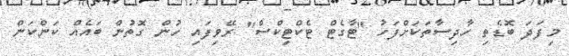
މިފަދަ ބޮޑެތި ހާދިސާތަކަށްފަހު "ޓާގެޓް ޓެކްޓިކްސް" ރޭވިފައި ހުން ގޮތުން ބައެއް ކަންކަން